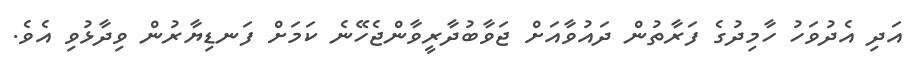
އަދި އެދުވަހު ހާމިދުގެ ފަރާތުން ދައުވާއަށް ޖަވާބުދާރީވާންޖެހޭނެ ކަމަށް ފަނޑިޔާރުން ވިދާޅުވި އެވެ.